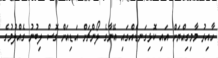
ހާއިރު މާމިގިއްޔަށް އައި ކޮޅިގަނޑެއްގައި އޭނާގެ ލޯންޗަށް އަޑިއަށް ގޮސް ލިބުނު ގެއްލުމުގެ